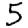
Digit: 5